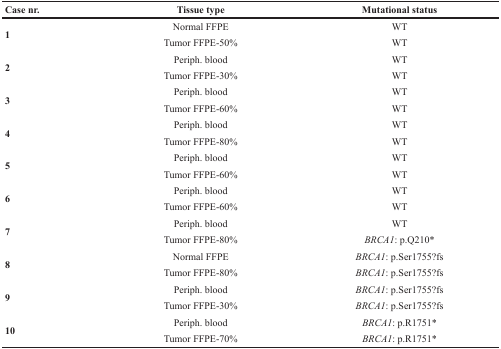
<table><thead><tr><td><b>Case nr.</b></td><td><b>Tissue type</b></td><td><b>Mutational status</b></td></tr></thead><tbody><tr><td rowspan="2"><b>1</b></td><td>Normal FFPE</td><td>WT</td></tr><tr><td>Tumor FFPE-50%</td><td>WT</td></tr><tr><td rowspan="2"><b>2</b></td><td>Periph. blood</td><td>WT</td></tr><tr><td>Tumor FFPE-30%</td><td>WT</td></tr><tr><td rowspan="2"><b>3</b></td><td>Periph. blood</td><td>WT</td></tr><tr><td>Tumor FFPE-60%</td><td>WT</td></tr><tr><td rowspan="2"><b>4</b></td><td>Periph. blood</td><td>WT</td></tr><tr><td>Tumor FFPE-80%</td><td>WT</td></tr><tr><td rowspan="2"><b>5</b></td><td>Periph. blood</td><td>WT</td></tr><tr><td>Tumor FFPE-60%</td><td>WT</td></tr><tr><td rowspan="2"><b>6</b></td><td>Periph. blood</td><td>WT</td></tr><tr><td>Tumor FFPE-60%</td><td>WT</td></tr><tr><td rowspan="2"><b>7</b></td><td>Periph. blood</td><td>WT</td></tr><tr><td>Tumor FFPE-80%</td><td><i>BRCA1</i>: p.Q210*</td></tr><tr><td rowspan="2"><b>8</b></td><td>Normal FFPE</td><td><i>BRCA1</i>: p.Ser1755?fs</td></tr><tr><td>Tumor FFPE-80%</td><td><i>BRCA1</i>: p.Ser1755?fs</td></tr><tr><td rowspan="2"><b>9</b></td><td>Periph. blood</td><td><i>BRCA1</i>: p.Ser1755?fs</td></tr><tr><td>Tumor FFPE-30%</td><td><i>BRCA1</i>: p.Ser1755?fs</td></tr><tr><td rowspan="2"><b>10</b></td><td>Periph. blood</td><td><i>BRCA1</i>: p.R1751*</td></tr><tr><td>Tumor FFPE-70%</td><td><i>BRCA1</i>: p.R1751*</td></tr></tbody></table>